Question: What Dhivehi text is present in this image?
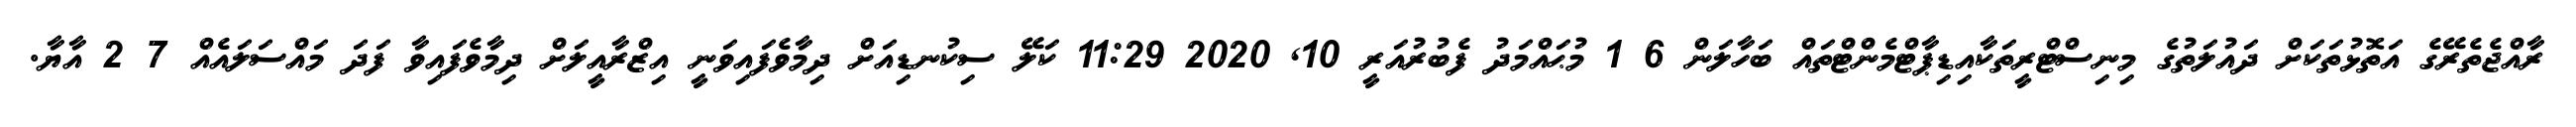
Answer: ރާއްޖެތެރޭގެ އަތޮޅުތަކަށް ދައުލަތުގެ މިނިސްޓްރީތަކާއިޑިޕާޓްމެންޓްތައް ބަހާލަން 6 1 މުޙައްމަދު ފެބުރުއަރީ 10, 2020 11:29 ކަލޭ ސިކުނޑިއަށް ދިމާވެފައިވަނީ އިޒްރާއީލަށް ދިމާވެފައިވާ ފަދަ މައްސަލައެއް 7 2 އާޔާ.